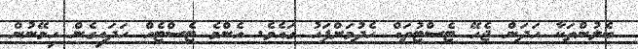
ބެލުންތަކާ ހަދަން ޖެހޭ ޓެސްޓުތައް ހެދުމަށްފަހު ގައެވެ. އެންމެ ޓެސްޓެއް ހަދައިގެން ހިމޭނުން